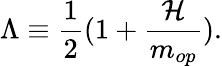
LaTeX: \Lambda\equiv\frac{1}{2}(1+\frac{{\cal H}}{m_{op}}).